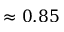
\approx 0 . 8 5